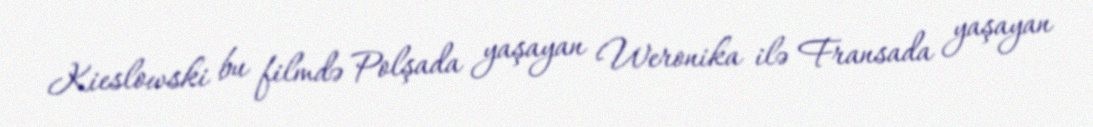
Kieslowski bu filmdə Polşada yaşayan Weronika ilə Fransada yaşayan